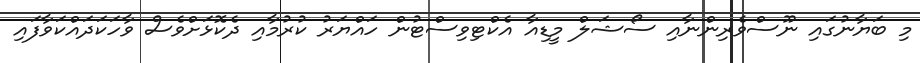
މި ބަޔާނުގައި ނޫސްވެރިންނާއި ސޯޝަލް މީޑިއާ އެކްޓިވިސްޓުން ހައްޔަރު ކުރުމާއި ދެކޮޅަށްވެސް ވާހަކަދައްކަވާފައި